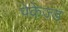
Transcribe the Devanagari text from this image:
पेकेज्ड